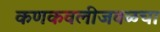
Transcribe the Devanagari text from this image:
कणकवलीजवळचा